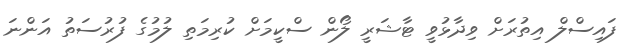
ފައިސްލް އިތުރަށް ވިދާޅުވީ ޓާޝަރީ ލޯން ސްކީމަށް ކުރިމަތި ލުމުގެ ފުރުސަތު އަންނަ